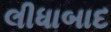
લીધાબાદ